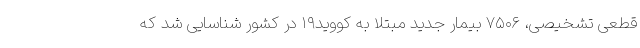
قطعی تشخیصی، ۷۵۰۶ بیمار جدید مبتلا به کووید۱۹ در کشور شناسایی شد که